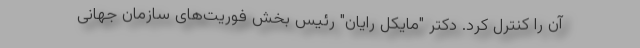
آن را کنترل کرد. دکتر "مایکل رایان" رئیس بخش فوریت‌های سازمان جهانی